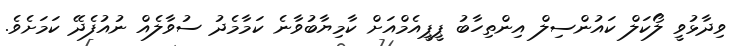
ވިދާޅުވީ ލޯކަލް ކައުންސިލް އިންތިހާބު ޕީޕީއެމްއަށް ކާމިޔާބުވާނެ ކަމާމެދު ސުވާލެއް ނުއުފެދޭ ކަމަށެވެ.